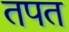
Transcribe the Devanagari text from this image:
तपत